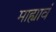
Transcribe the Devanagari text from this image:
माह्यावं